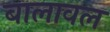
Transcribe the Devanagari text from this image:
बालावल